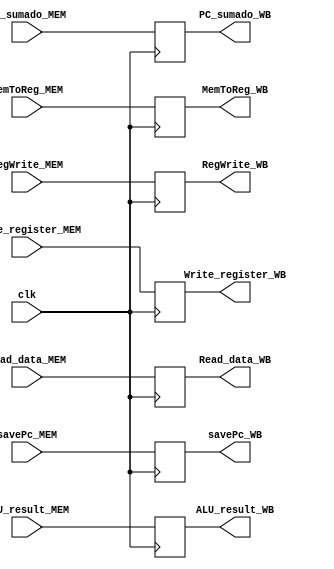
`timescale 1ns / 1ps
//////////////////////////////////////////////////////////////////////////////////
// Company: 
// Engineer: 
// 
// Design Name: 
// Module Name:    MEM_WB 
// Project Name: 
// Target Devices: 
// Tool versions: 
// Description: 
//
// Dependencies: 
//
// Revision: 
// Revision 0.01 - File Created
// Additional Comments: 
//
//////////////////////////////////////////////////////////////////////////////////
module MEM_WB(
	 input clk,
    input [31:0] Read_data_MEM,
    input [31:0] ALU_result_MEM,
    input RegWrite_MEM,
	 input MemToReg_MEM,
	 input [4:0] Write_register_MEM,
	 input [31:0] PC_sumado_MEM,
	 input savePc_MEM,
	 output reg savePc_WB,
	 output reg [31:0] PC_sumado_WB,
	 output reg [31:0] Read_data_WB,
    output reg [31:0] ALU_result_WB,
	 output reg MemToReg_WB,
    output reg RegWrite_WB,
	 output reg [4:0] Write_register_WB
	 );
initial
	begin
	Read_data_WB=0;
	ALU_result_WB=0;
	MemToReg_WB=0;
	RegWrite_WB=0;
	Write_register_WB=0;
	PC_sumado_WB=0;
	savePc_WB=0;
	end


always @(posedge clk)
begin
	Read_data_WB<=Read_data_MEM;
	ALU_result_WB<=ALU_result_MEM;
	MemToReg_WB<=MemToReg_MEM;
   RegWrite_WB<=RegWrite_MEM;
	Write_register_WB[4:0]<=Write_register_MEM[4:0];
	PC_sumado_WB<=PC_sumado_MEM;
	savePc_WB<=savePc_MEM;
end

endmodule